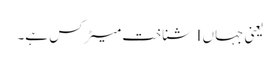
یعنی جہاں I شناخت میٹرکس ہے۔